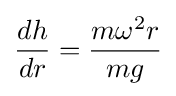
{\frac {dh}{dr}}={\frac {m\omega ^{2}r}{mg}}